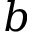
b